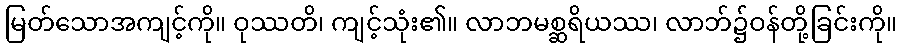
မြတ်သောအကျင့်ကို။ ဝုဿတိ၊ ကျင့်သုံး၏။ လာဘမစ္ဆရိယဿ၊ လာဘ်၌ဝန်တို့ခြင်းကို။